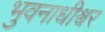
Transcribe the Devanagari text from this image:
भुवनाधीश्वर